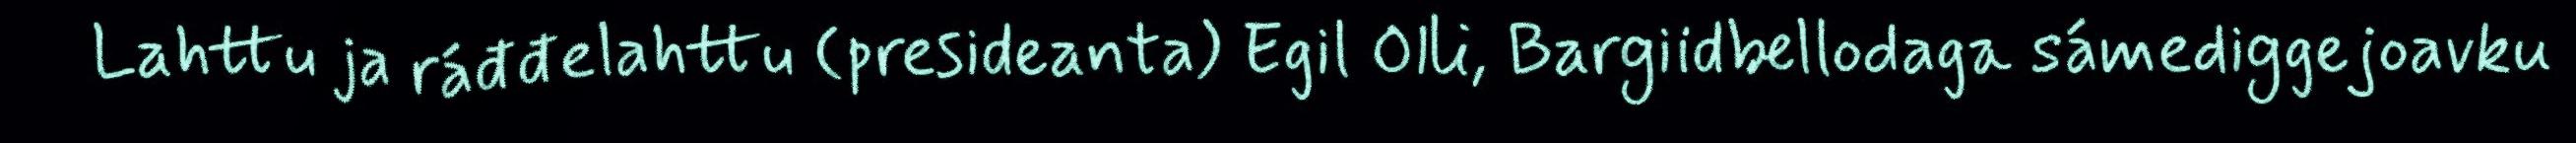
Lahttu ja ráđđelahttu (presideanta) Egil Olli, Bargiidbellodaga sámediggejoavku